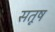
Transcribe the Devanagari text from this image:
सतूष